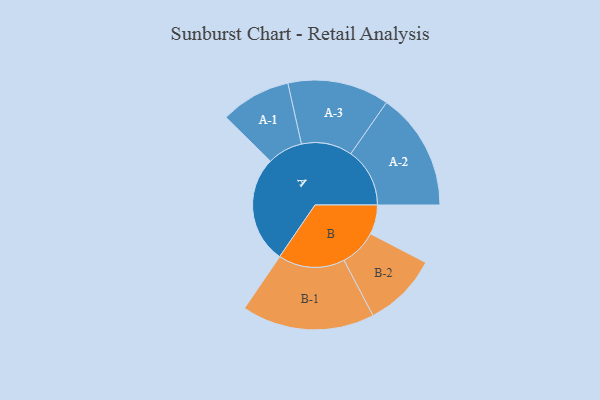
{"axis": {"x": "Segment", "y": "Value"}, "legend": ["", "A", "B"], "data": [{"x": "A", "y": 460, "type": ""}, {"x": "B", "y": 126, "type": ""}, {"x": "A-1", "y": 151, "type": "A"}, {"x": "A-2", "y": 253, "type": "A"}, {"x": "A-3", "y": 218, "type": "A"}, {"x": "B-1", "y": 285, "type": "B"}, {"x": "B-2", "y": 160, "type": "B"}]}